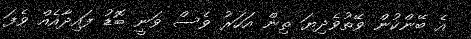
އެ ބޭންކުން ވޭތުވެދިޔަ ތިން އަހަރު ވެސް ވަނީ ބޮޑު ފައިދާއެއް ވެފަ